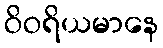
ဝိဝရိယမာနေ